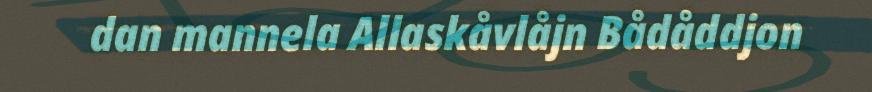
dan mannela Allaskåvlåjn Bådåddjon